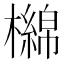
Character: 檰